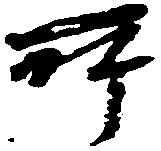
所